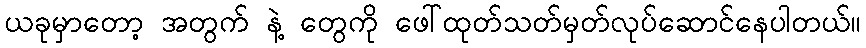
ယခုမှာတော့ အတွက် နဲ့ တွေကို ဖေါ်ထုတ်သတ်မှတ်လုပ်ဆောင်နေပါတယ်။